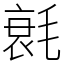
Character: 㲤